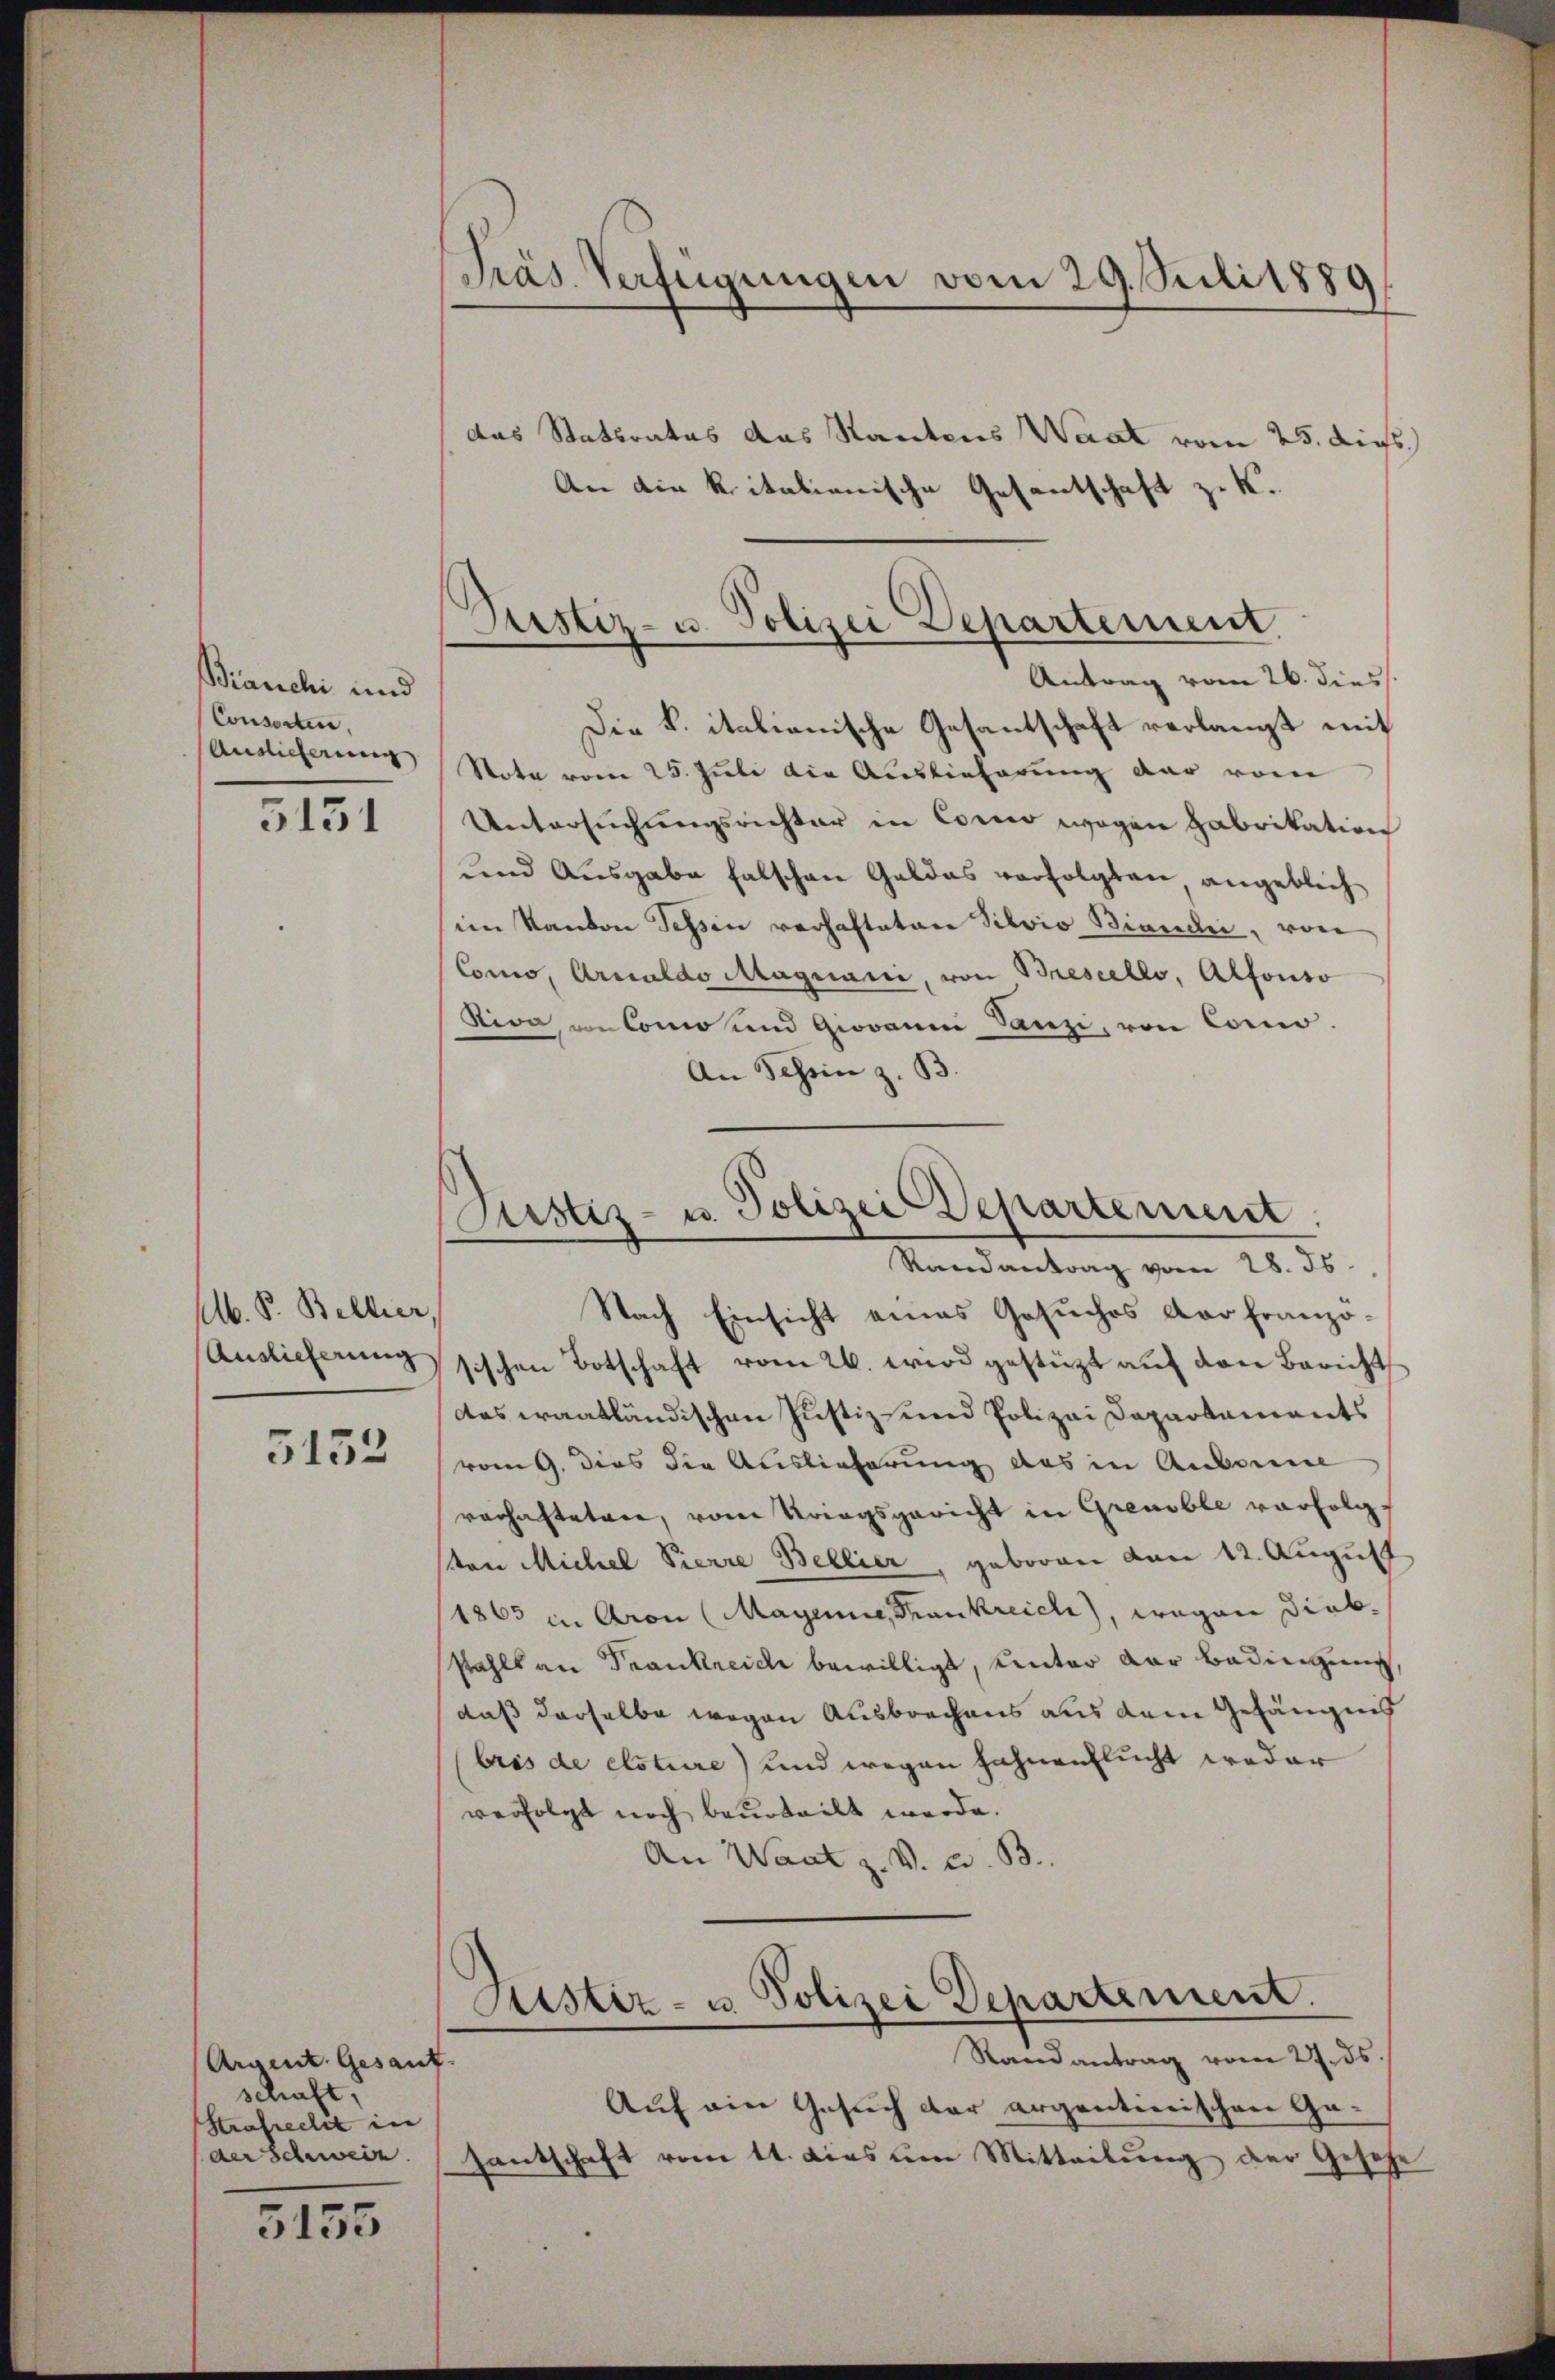
Bianchi und
Consorten.
Auslieferung

5151

M. P. Bellier
Auslieferung

5152

Argent. Gesant
schaft,
Strafrecht in
(der Schweiz

5155

Präs. Verfügungen vom 29. Juli 1880

Pustiz- u. Polizei Departement

Justiz- u. Polizei Departement
Randantrag vom 28. ds

das Stattrates das Kantons Waat vom 25. dies
An die Ritalienische Gesantschaft zu K.
Antrag vom 26. diess.
Die k. italienische Gesantschaft verlangt mit
Note vom 25. Juli die Auslieferung dar vom
Untersuchungsrichter in Como wegen Fabrikation
und Ausgabe falschen Geldas verfolgten angeblich
im Kanton Tessin verhafteten Silvio Biandi, von
Como, Arnoldo Maquarii, von Breseello, Alfonso
Nion von Como und Giovanm Sanzi, von Com-
An Schein z. B.
Nach Einsicht eines Gesuches der franzosischen Botschaft vom 26. wird gestützt auf den Bericht
das waatländischen Justiz- und Polizei Departaments
vom 9. dies die Auslieferung das in Anbanne
verhafteten, vom Kriegsgericht in Greuble vorfolgton Michel Pierre Bellier, geboren von 12. August
1865 in Aron (MMagenne, Frankreich), wegen Diebsahlt an Trankreich bewilligt, unter der Bedingung,
daß derselbe wegen Ausbrechens aus dem Gefängnis
bris de elsteire) und wegen Fahnenflucht weder
verfolgt noch beurteilt werde.
An Waat z. V. W. B.
Justiz- u. Polizei Departement.
Randantrag vom 27. ds
Auf ein Gesuch der argentinischen Ge-
Hantschaft vom 11. dies um Mitteilung der Gesetze